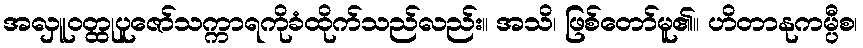
အလှူဝတ္ထုပူဇော်သက္ကာရကိုခံထိုက်သည်လည်း။ အသိ၊ ဖြစ်တော်မူ၏။ ဟိတာနုကမ္ပီစ၊